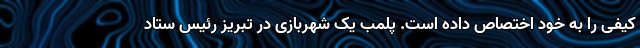
کیفی را به خود اختصاص داده است. پلمب یک شهربازی در تبریز رئیس ستاد